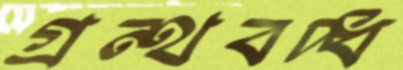
গ্রন্থবদ্ধ